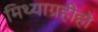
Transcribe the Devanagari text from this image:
मिथ्याग्रहीहो